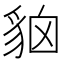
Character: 𧳄